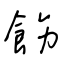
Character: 飭